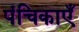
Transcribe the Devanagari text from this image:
पंचिकाएँ